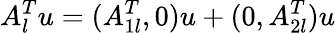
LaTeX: A_{l}^{T}u=(A_{1l}^{T},0)u+(0,A_{2l}^{T})u